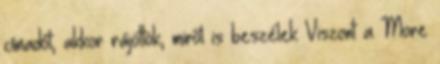
címadót, akkor rájöttök, miről is beszélek Viszont a More